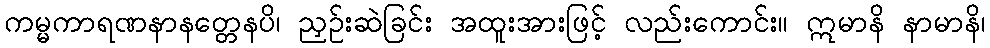
ကမ္မကာရဏနာနတ္တေနပိ၊ ညှဉ်းဆဲခြင်း အထူးအားဖြင့် လည်းကောင်း။ ဣမာနိ နာမာနိ၊